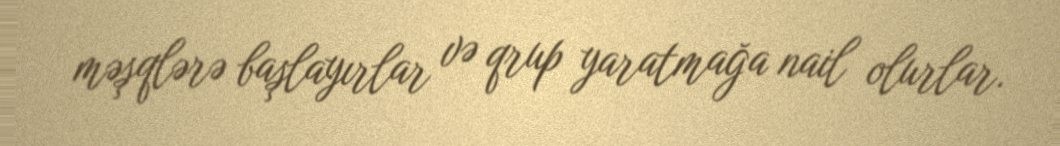
məşqlərə başlayırlar və qrup yaratmağa nail olurlar.